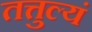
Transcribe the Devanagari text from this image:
तत्तुल्यं